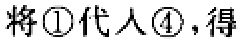
将\textcircled{1}代入\textcircled{4}，得